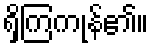
ရှိကြကုန်၏။